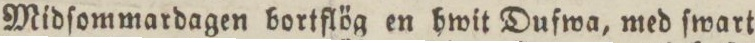
Midſommardagen bortflög en hwit Dufwa, med ſwart